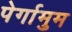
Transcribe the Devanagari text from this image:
पेर्गामुम